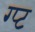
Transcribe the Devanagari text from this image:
ग्प्ट